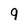
Character: 9